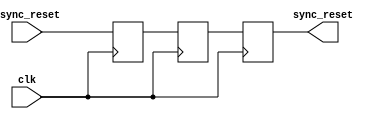
module async_reset_synchronizer #(
    parameter ACTIVE_HIGH = 1 // Set to 1 for active high, 0 for active low
)(
    input wire clk,            // Clock signal
    input wire async_reset,    // Asynchronous reset signal
    output reg sync_reset      // Synchronized reset signal
);

    // Internal signals for the flip-flops
    reg ff1, ff2;

    always @(posedge clk) begin
        // Synchronize the asynchronous reset signal
        ff1 <= (ACTIVE_HIGH) ? async_reset : ~async_reset; // First flip-flop
        ff2 <= ff1; // Second flip-flop
    end

    // Output the synchronized reset signal
    always @(posedge clk) begin
        sync_reset <= ff2; // Final synchronized reset output
    end

endmodule